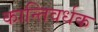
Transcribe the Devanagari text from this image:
कान्तिवर्धक